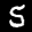
Label: 5